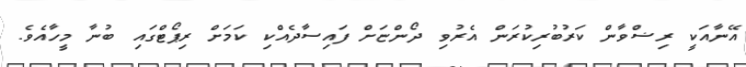
އޭނާއަކީ ރިޟްވާން ކަރުބުރިކުރަން އެރުވި ދޯންޏަށް ފައިސާދެއްކި ކަމަށް ރިޕޯޓްގައި ބުނާ މީހާއެވެ.